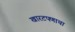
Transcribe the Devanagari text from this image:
खारटपणाचा